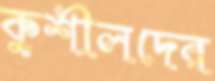
কুশীলদের